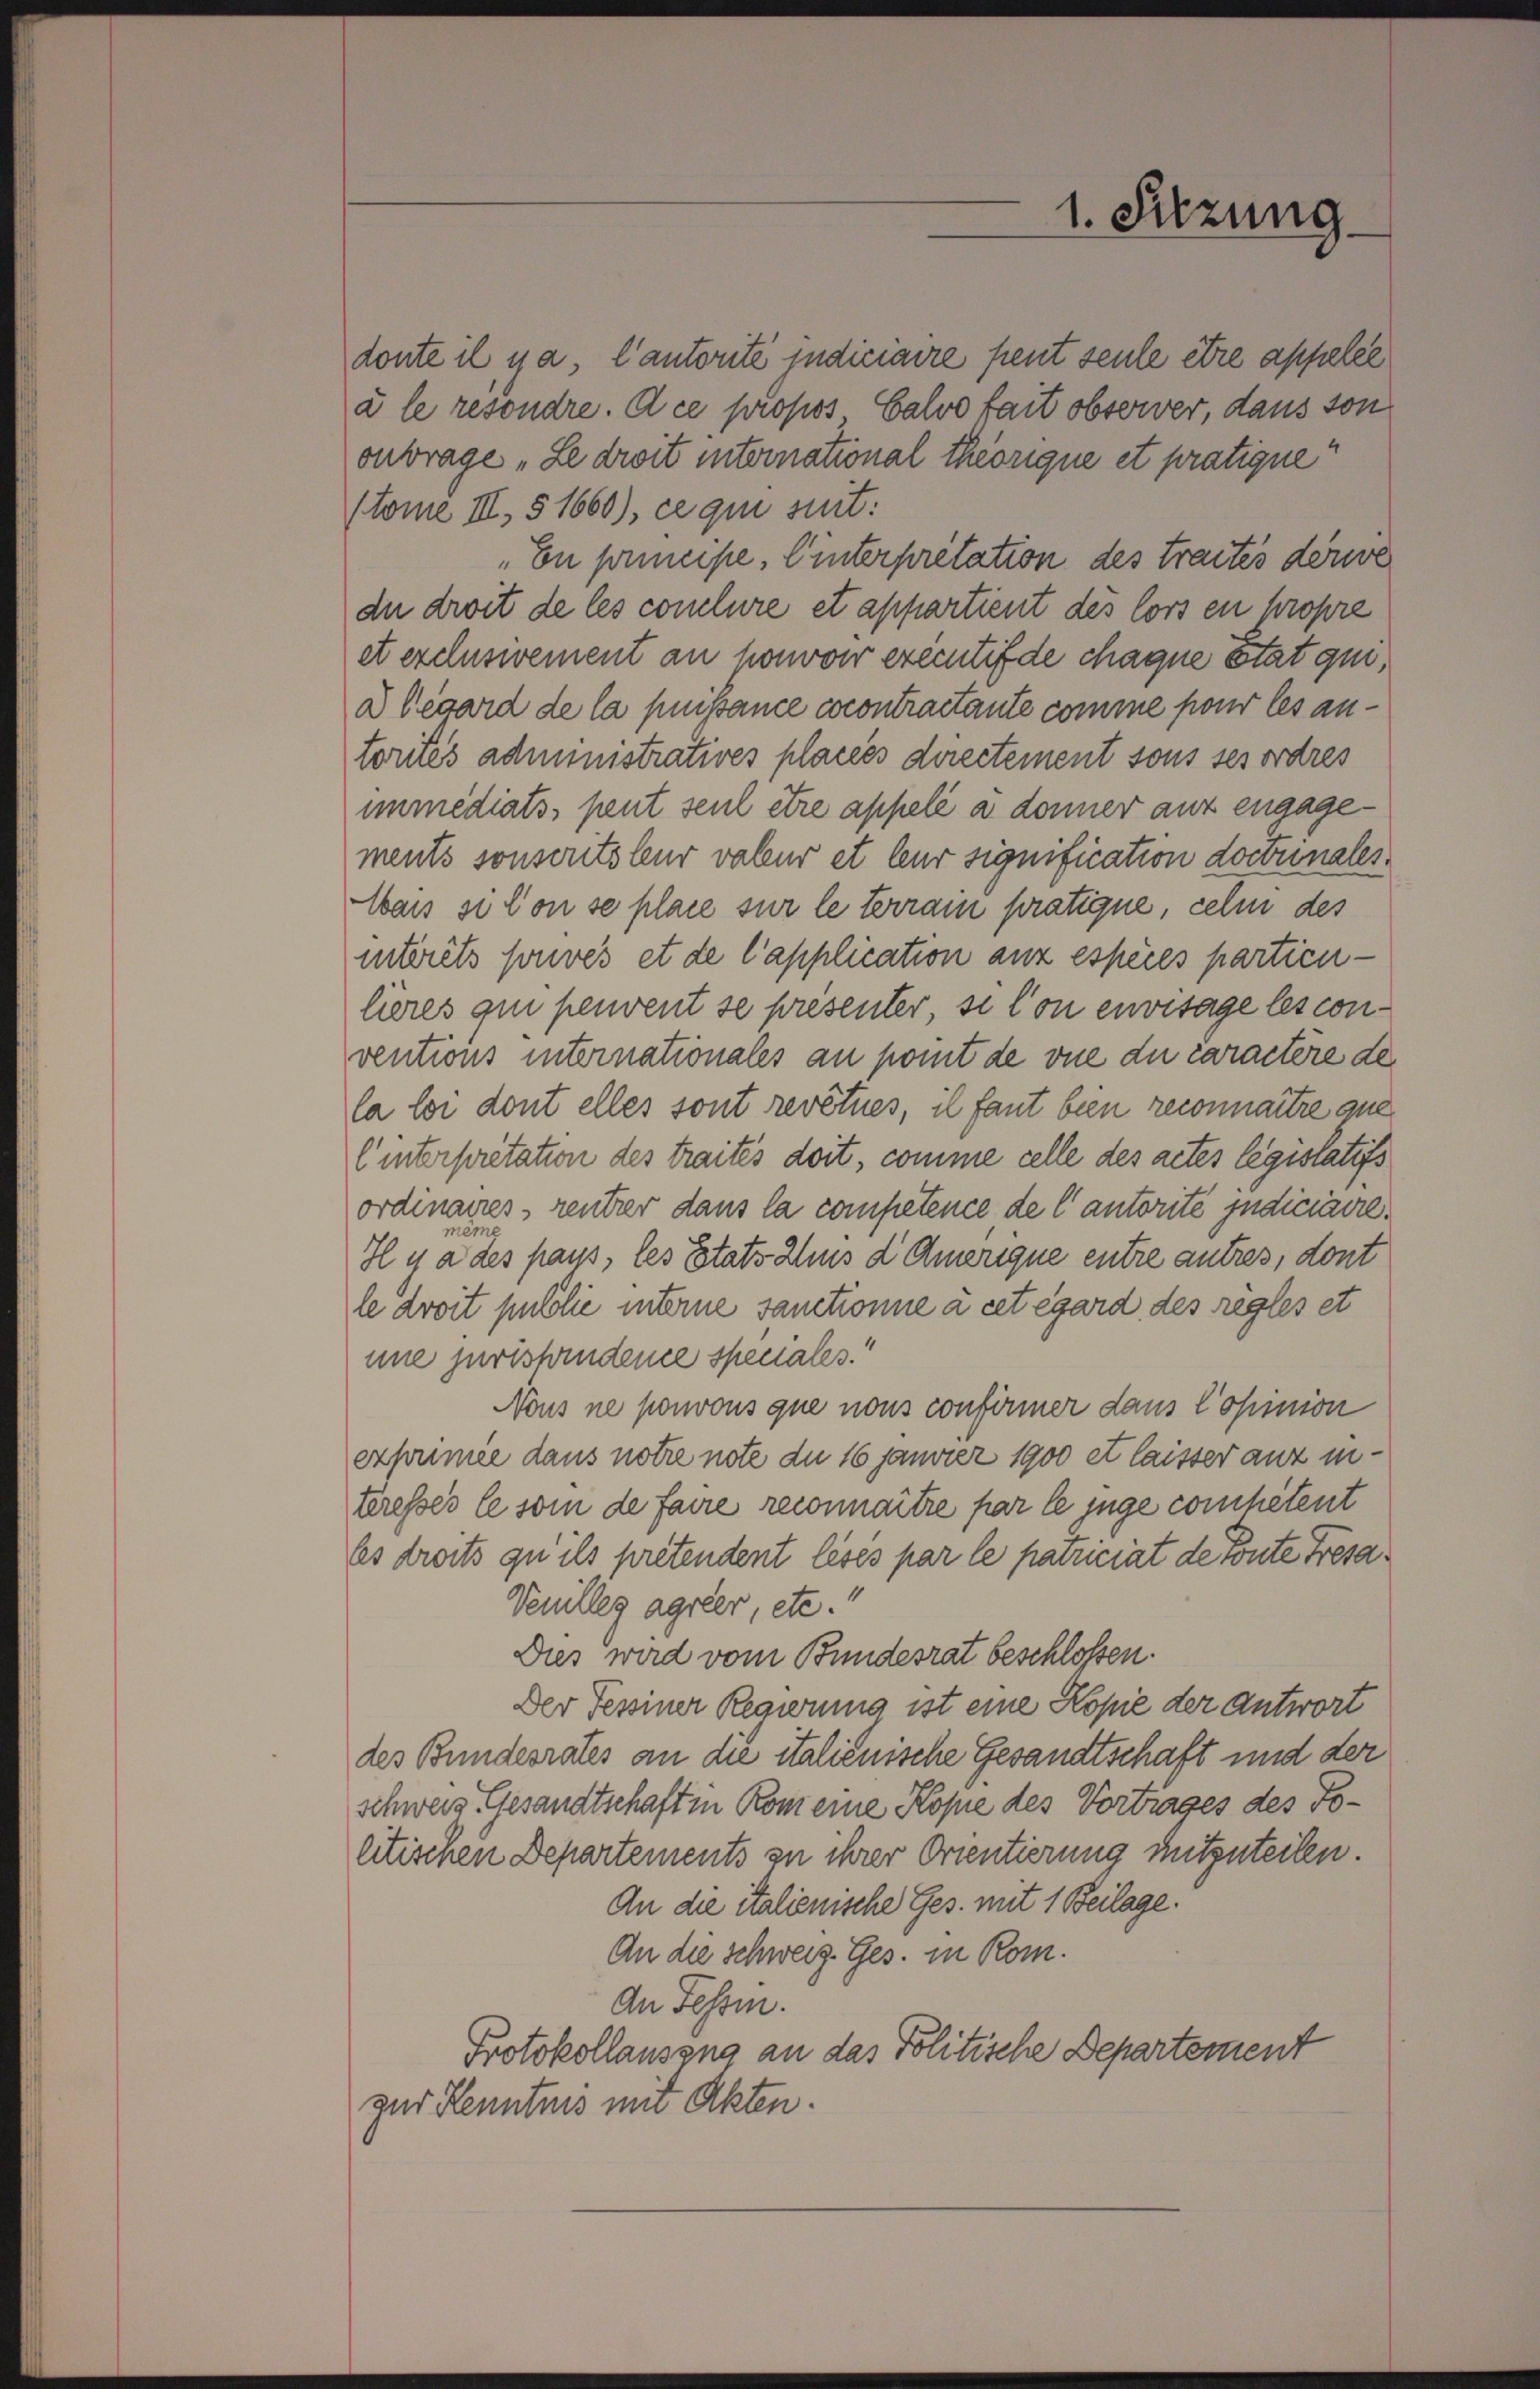
doute il y a, Cantorité judiciaire peut seule être appelle
à le resondre. Ace propos. Calvo fait observer, dans son
ontrage „Le droit international theorique et pratique
stome III, § 1660), ce qui suit:
„En principe, Winterpretation des traités dere
du droit de les conclure et appartient des lors en propre
et exclusivement an honvoi executif de chaque état qui,
d legard de la puissance cocontraitante comme pour les antorités administratives placées directement sous ses ordres
immediats, peut seul être appelé a donner auf engagements sonsorts leur valeur et leur signification doctrinales.
Wars si von se place sur le terrain pratique, cele des
interets souves et de l’application anz espèces partienlieres qui peuvent se presenter, si l’on envisage les conventions internationales an pomit de vue du caractère de
la loi dont elles sont revêtues, il faut bien reconnaitre que
linterpretation des traités doit, comme celle des actes legislatifs
ordinaires rentrer dans la competence de l’autorité judiciaire.
H y a des haus, les Etats Zins d Amerique entre autres, dont
le droit pubblie interne sanctionne à cet égard des regles et
une jurispendene spenales.“
Nous ne pourons que nous confirmer dans l’opinion
exhumie dans notie note du 16 jamner 1900 et laisser anz interesses le soin de faire reconnaitre par le juge competent
les droits qu ils pretendent lésés par le patriciat de Toute Fresa¬
Venilleg agrier, etc.“
Dies wird vom Bundesrat beschlossen.
Der Tessiner Regierung ist eine Kopie der Antwort
des Bundesrates an die italienische Gesandtschaft und der
schweiz. Gesandtschaft in Rom eine Kopie des Vortrages des Tolitischen Departements zu ihrer Orientierung mitzuteilen.
An die italienische Ges. mit 1 Beilage.
An die schweiz. Ges. in Rom.
An Tessin.
Protokollausung an das Politische Departement
zur Kenntnis mit Akten.

1. Sitzung